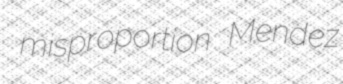
misproportion Mendez